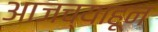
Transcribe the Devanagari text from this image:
आजच्याहून